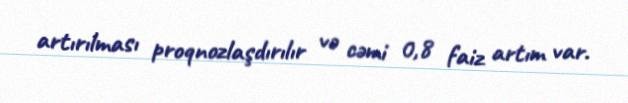
artırılması proqnozlaşdırılır və cəmi 0,8 faiz artım var.